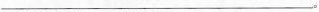
___。